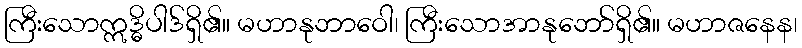
ကြီးသောဣဒ္ဓိပါဒ်ရှိ၏။ မဟာနုဘာဝေါ၊ ကြီးသောအာနုဘော်ရှိ၏။ မဟာဇနေန၊